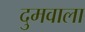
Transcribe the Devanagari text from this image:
दुमवाला